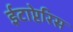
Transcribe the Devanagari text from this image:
ईटाप्टेरिस